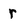
Character: r